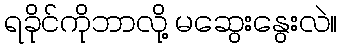
ရခိုင်ကိုဘာလို့ မဆွေးနွေးလဲ။